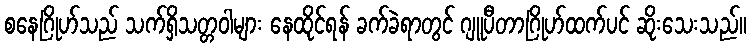
စနေဂြိုဟ်သည် သက်ရှိသတ္တဝါများ နေထိုင်ရန် ခက်ခဲရာတွင် ဂျူပီတာဂြိုဟ်ထက်ပင် ဆိုးသေးသည်။